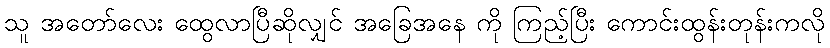
သူ အတော်လေး ထွေလာပြီဆိုလျှင် အခြေအနေ ကို ကြည့်ပြီး ကောင်းထွန်းတုန်းကလို